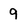
Character: 9